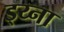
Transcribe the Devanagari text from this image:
ड्य्ना